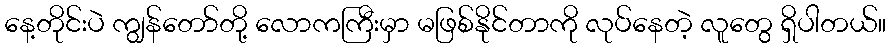
နေ့တိုင်းပဲ ကျွန်တော်တို့ လောကကြီးမှာ မဖြစ်နိုင်တာကို လုပ်နေတဲ့ လူတွေ ရှိပါတယ်။